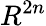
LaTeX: R^{2n}